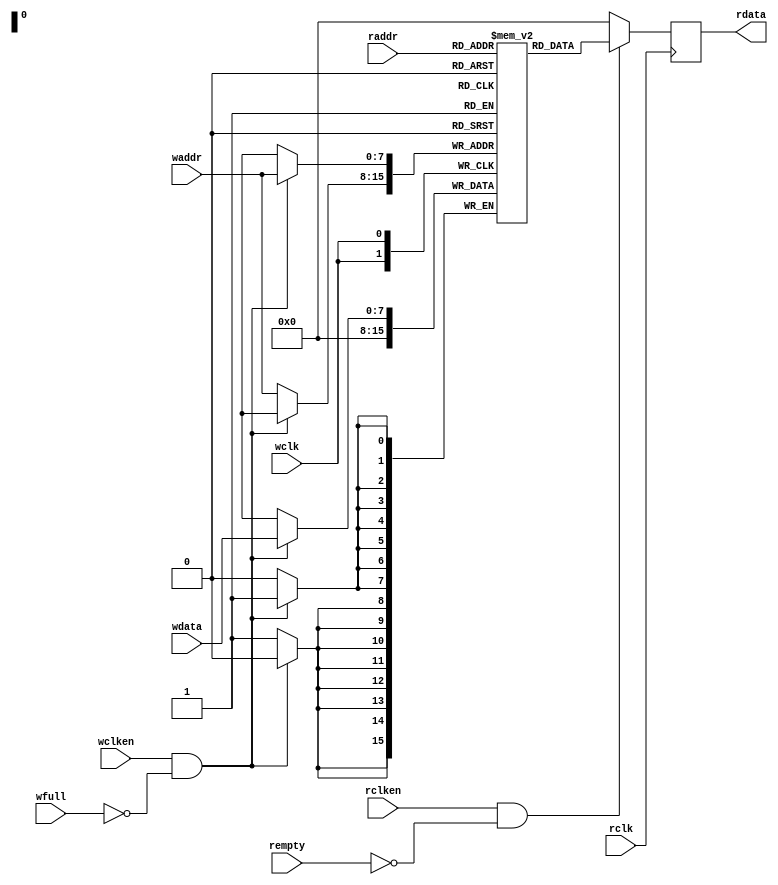

module RAM
#(parameter ADDSIZE  = 8,//256
  parameter DATASIZE = 8 //8
 )
 (
  input  [ADDSIZE-1:0]  waddr,raddr,
  input  [DATASIZE-1:0] wdata,
  input  wclk,wclken,wfull,
  input  rclk,rclken,rempty,
  output reg[DATASIZE-1:0] rdata
 );

 localparam DEPTH = 1<<ADDSIZE;      //
 reg [DATASIZE-1:0] mem [0:DEPTH-1];//

 always@(posedge wclk)begin
     if(wclken&&!wfull)
         mem[waddr]<= wdata;
     else
         mem[waddr]<= 8'd0;
 end

 always@(posedge rclk)begin
     if(rclken&&!rempty)
         rdata <= mem[raddr];
     else
         rdata <= 8'd0;
 end
endmodule